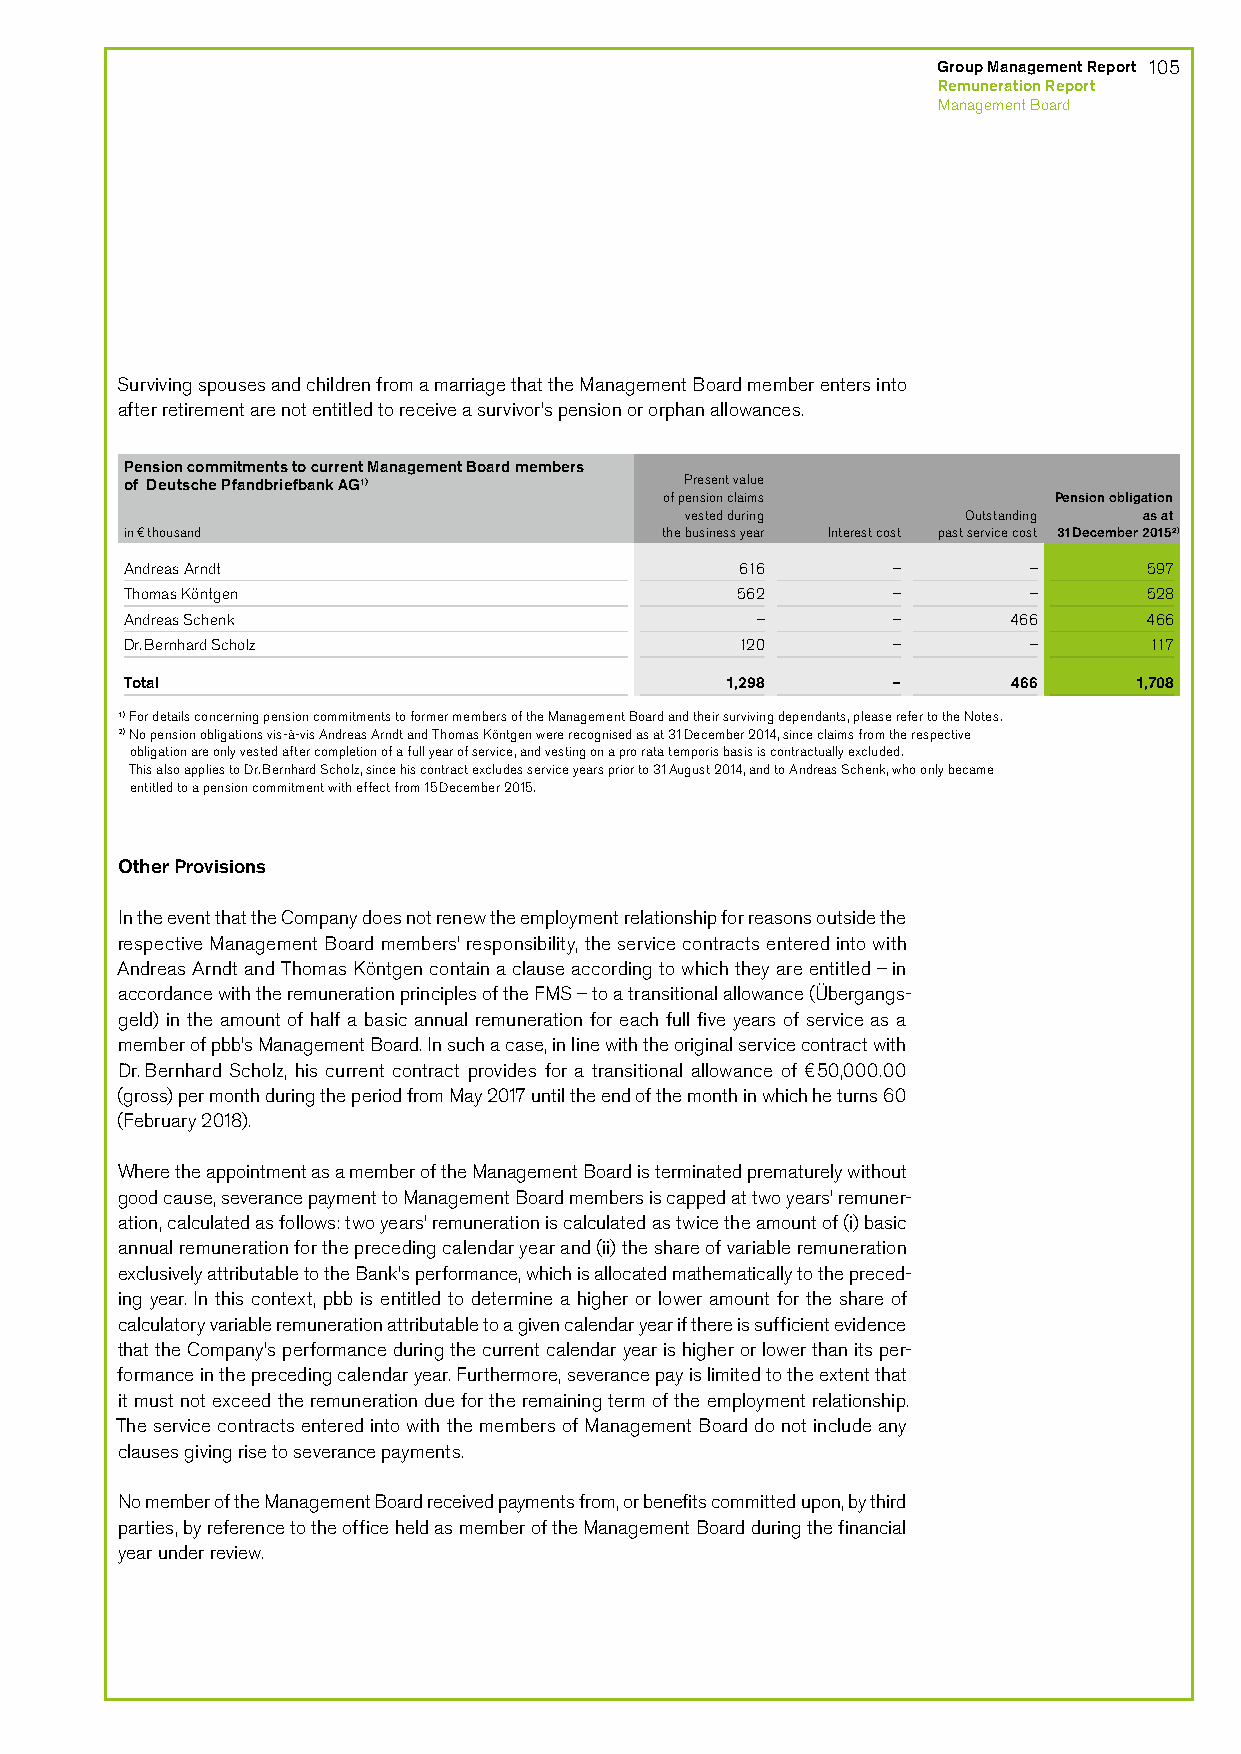
Group Management Report 105
 Remuneration Report
 Management Board
 Surviving spouses and children from a marriage that the Management Board member enters into
 after retirement are not entitled to receive a survivor’s pension or orphan allowances.
 Pension commitments to current Management Board members
 of Deutsche Pfandbriefbank AG1)      Present value
 of pension claims         Pension obligation
 vested during      Outstanding as at
 in € thousand                       the business year Interest cost past service cost 31 December 20152)
 Andreas Arndt                            616       –        –       597
 Thomas Köntgen                           562       –        –       528
 Andreas Schenk                            –        –       466      466
 Dr. Bernhard Scholz                      120       –        –       117
 Total                                   1,298      –       466     1,708
 1) For details concerning pension commitments to former members of the Management Board and their surviving dependants, please refer to the Notes.
 2) No pension obligations vis-à-vis Andreas Arndt and Thomas Köntgen were recognised as at 31 December 2014, since claims from the respective
 obligation are only vested after completion of a full year of service, and vesting on a pro rata temporis basis is contractually excluded.
 This also applies to Dr. Bernhard Scholz, since his contract excludes service years prior to 31 August 2014, and to Andreas Schenk, who only became
 entitled to a pension commitment with effect from 15 December 2015.
 Other Provisions
 In the event that the Company does not renew the employment relationship for reasons outside the
 respective Management Board members’ responsibility, the service contracts entered into with
 Andreas Arndt and Thomas Köntgen contain a clause according to which they are entitled – in
 accordance with the remuneration principles of the FMS – to a transitional allowance (Übergangs-
 geld) in the amount of half a basic annual remuneration for each full five years of service as a
 member of pbb’s Management Board. In such a case, in line with the original service contract with
 Dr. Bernhard Scholz, his current contract provides for a transitional allowance of €50,000.00
 (gross) per month during the period from May 2017 until the end of the month in which he turns 60
 (February 2018).
 Where the appointment as a member of the Management Board is terminated prematurely without
 good cause, severance payment to Management Board members is capped at two years’ remuner-
 ation, calculated as follows: two years’ remuneration is calculated as twice the amount of (i) basic
 annual remuneration for the preceding calendar year and (ii) the share of variable remuneration
 exclusively attributable to the Bank’s performance, which is allocated mathematically to the preced-
 ing year. In this context, pbb is entitled to determine a higher or lower amount for the share of
 calculatory variable remuneration attributable to a given calendar year if there is sufficient evidence
 that the Company’s performance during the current calendar year is higher or lower than its per-
 formance in the preceding calendar year. Furthermore, severance pay is limited to the extent that
 it must not exceed the remuneration due for the remaining term of the employment relationship.
 The service contracts entered into with the members of Management Board do not include any
 clauses giving rise to severance payments.
 No member of the Management Board received payments from, or benefits committed upon, by third
 parties, by reference to the office held as member of the Management Board during the financial
 year under review.